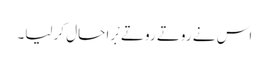
اس نے روتے روتے بْرا حال کرلیا۔